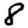
Digit: 8